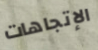
الإتجاهات